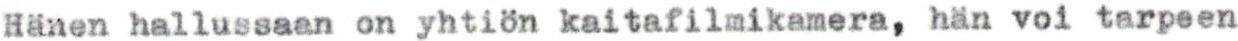
Hänen hallussaan on yhtiön kaitafilmikamera, hän voi tarpeen